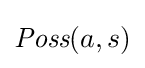
{\textit {Poss}}(a,s)